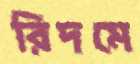
রিদমে